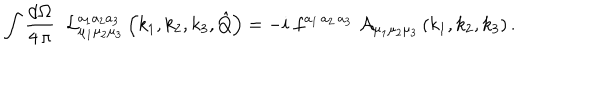
LaTeX: \int \frac { \mathrm { d } \Omega } { 4 \, \pi } \; \; { \cal L } _ { \mu _ { 1 } \mu _ { 2 } \mu _ { 3 } } ^ { a _ { 1 } a _ { 2 } a _ { 3 } } \left( k _ { 1 } , k _ { 2 } , k _ { 3 } , \hat { Q } \right) = - i \; f ^ { a _ { 1 } \, a _ { 2 } \, a _ { 3 } } \; { \cal A } _ { \mu _ { 1 } \mu _ { 2 } \mu _ { 3 } } \left( k _ { 1 } , k _ { 2 } , k _ { 3 } \right) .